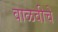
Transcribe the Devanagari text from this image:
वाळवीचे